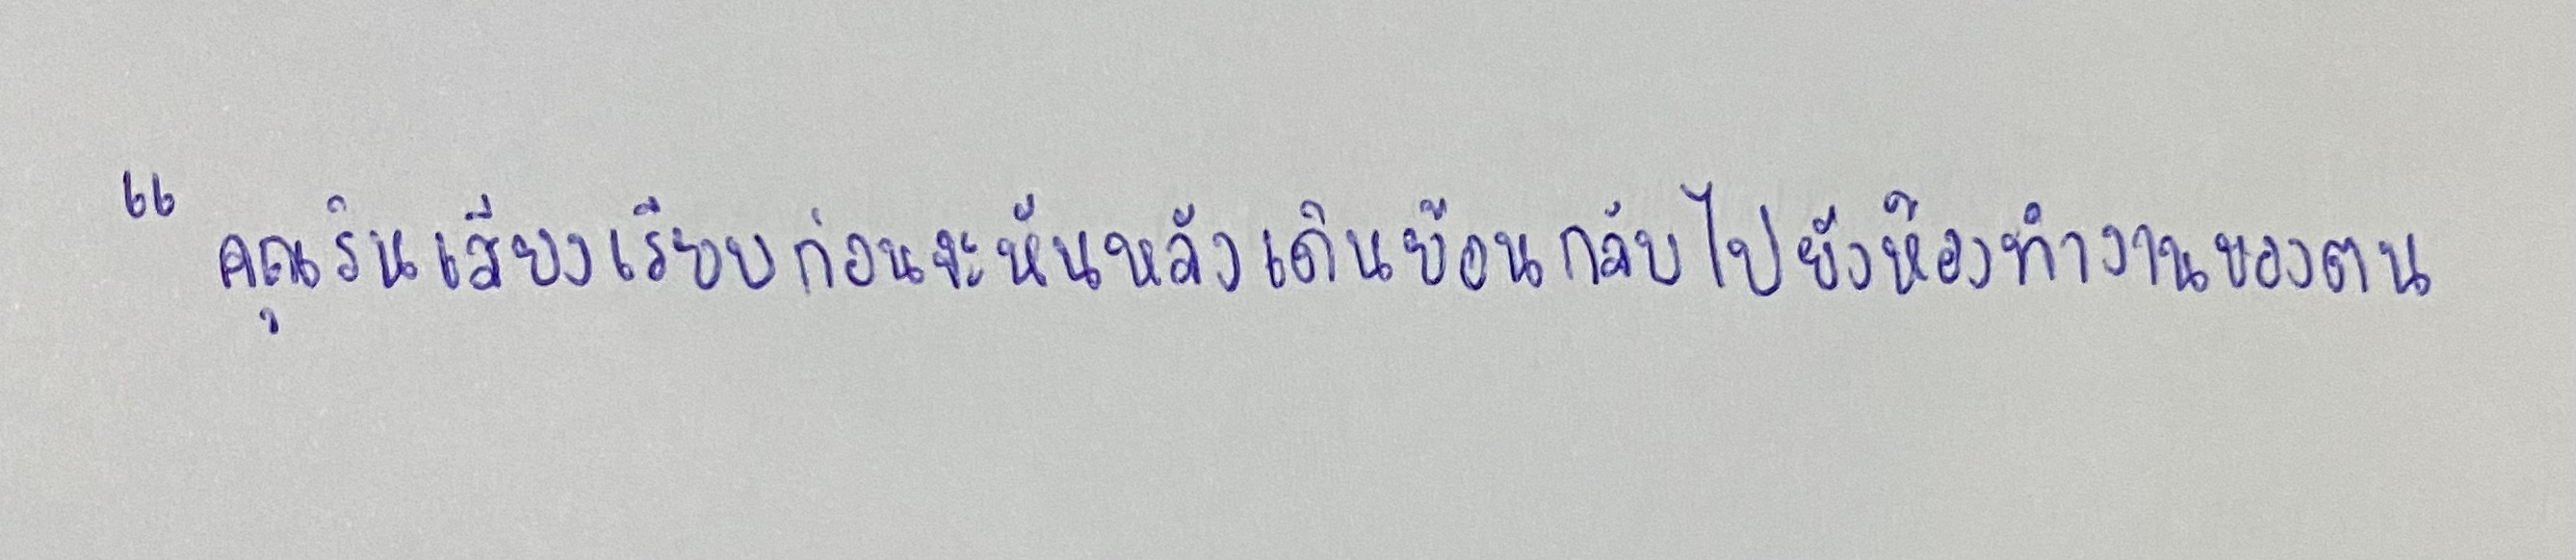
"คุณรินเสียงเรียบก่อนจะหันหลังเดินย้อนกลับไปยังห้องทำงานของตน